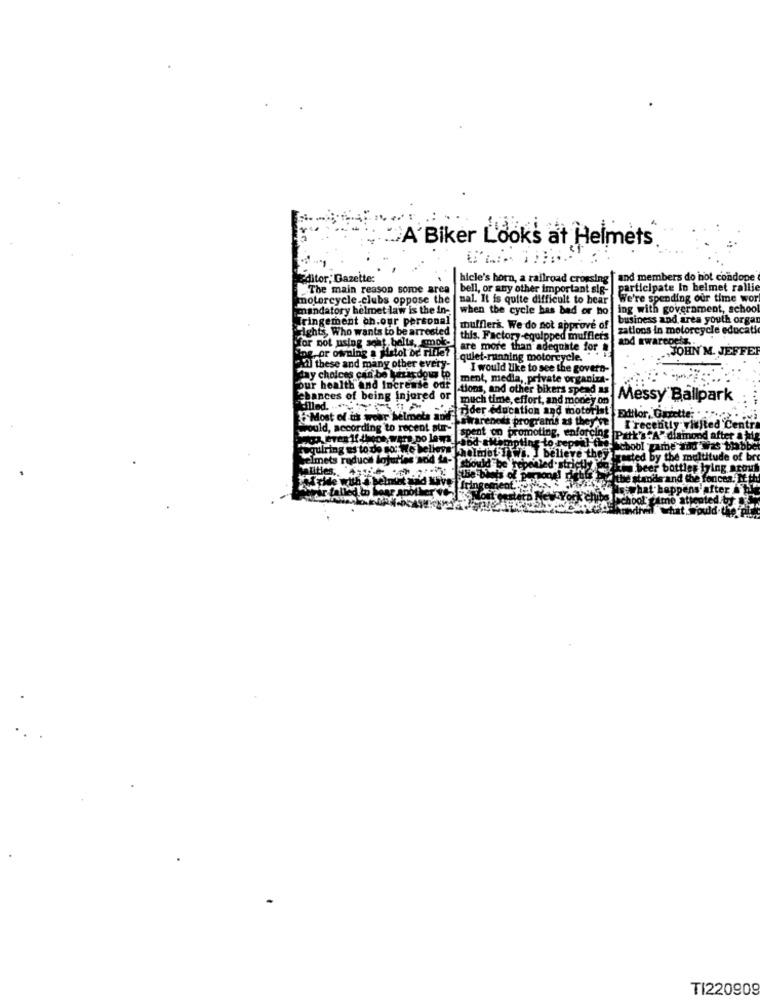
"A'Biker L'ook's at Helmets.
Editor,'Dazette:
hicle's horn, a railroad crossing [ and members do not condope
The main reason some area
bell, or any other important sig-
participate In helmet ralli
motorcycle clubs oppose the
mal. It is quite difficult to hear
We're spending our time wor
mandatory helmet law is the in-
when the cycle has bad or no
ing with government, schoo
Tringement ch:our personal
business and. area youth orga
to wants to be
amrest
mufflers. We do not approve of
zations in motorcycle educati
belts, smok-
this. Factory-equipped mufflers
Yor not using seaf be
are more than adequate for
and awareness.
JOHN'M. JEFFE
Ing or owning a pistol be rifle?
quiet-running motorcycle.
cial these and many other every-
I would like to see the govern-
Sday choices can be luzardous to
ment, media, private organiza-
our health and Increase our
tions, and other bikers spend
chances of being injured or
much time, effort, and money o
Messy Ballpark
killed.
Tider education and motorist
.Most of us woor helmets and
strareneds programis as they'w
Ettlor, Gazette;
would, according to recent
y visited Centr
pent on promoting, enforcing Patk
"A" diamond after a big
rulring es to do monte bello
npting
epoi!
School gambe si
Imets ruduch lojuries 'sod
helmet-1 wi. I believe they
by the m
tude of br
could be repealed
r bottles lying scout
the stander an
selmint and Have
after
TI220909